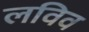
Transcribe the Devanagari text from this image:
लविव